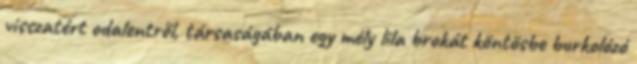
visszatért odalentről, társaságában egy mély lila brokát köntösbe burkolózó